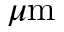
\mu \mathrm { m }